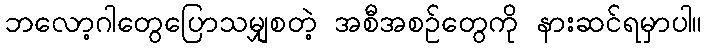
ဘလော့ဂါတွေပြောသမျှစတဲ့ အစီအစဉ်တွေကို နားဆင်ရမှာပါ။